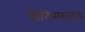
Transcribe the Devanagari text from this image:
सैटिस्फाइड